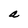
Character: a